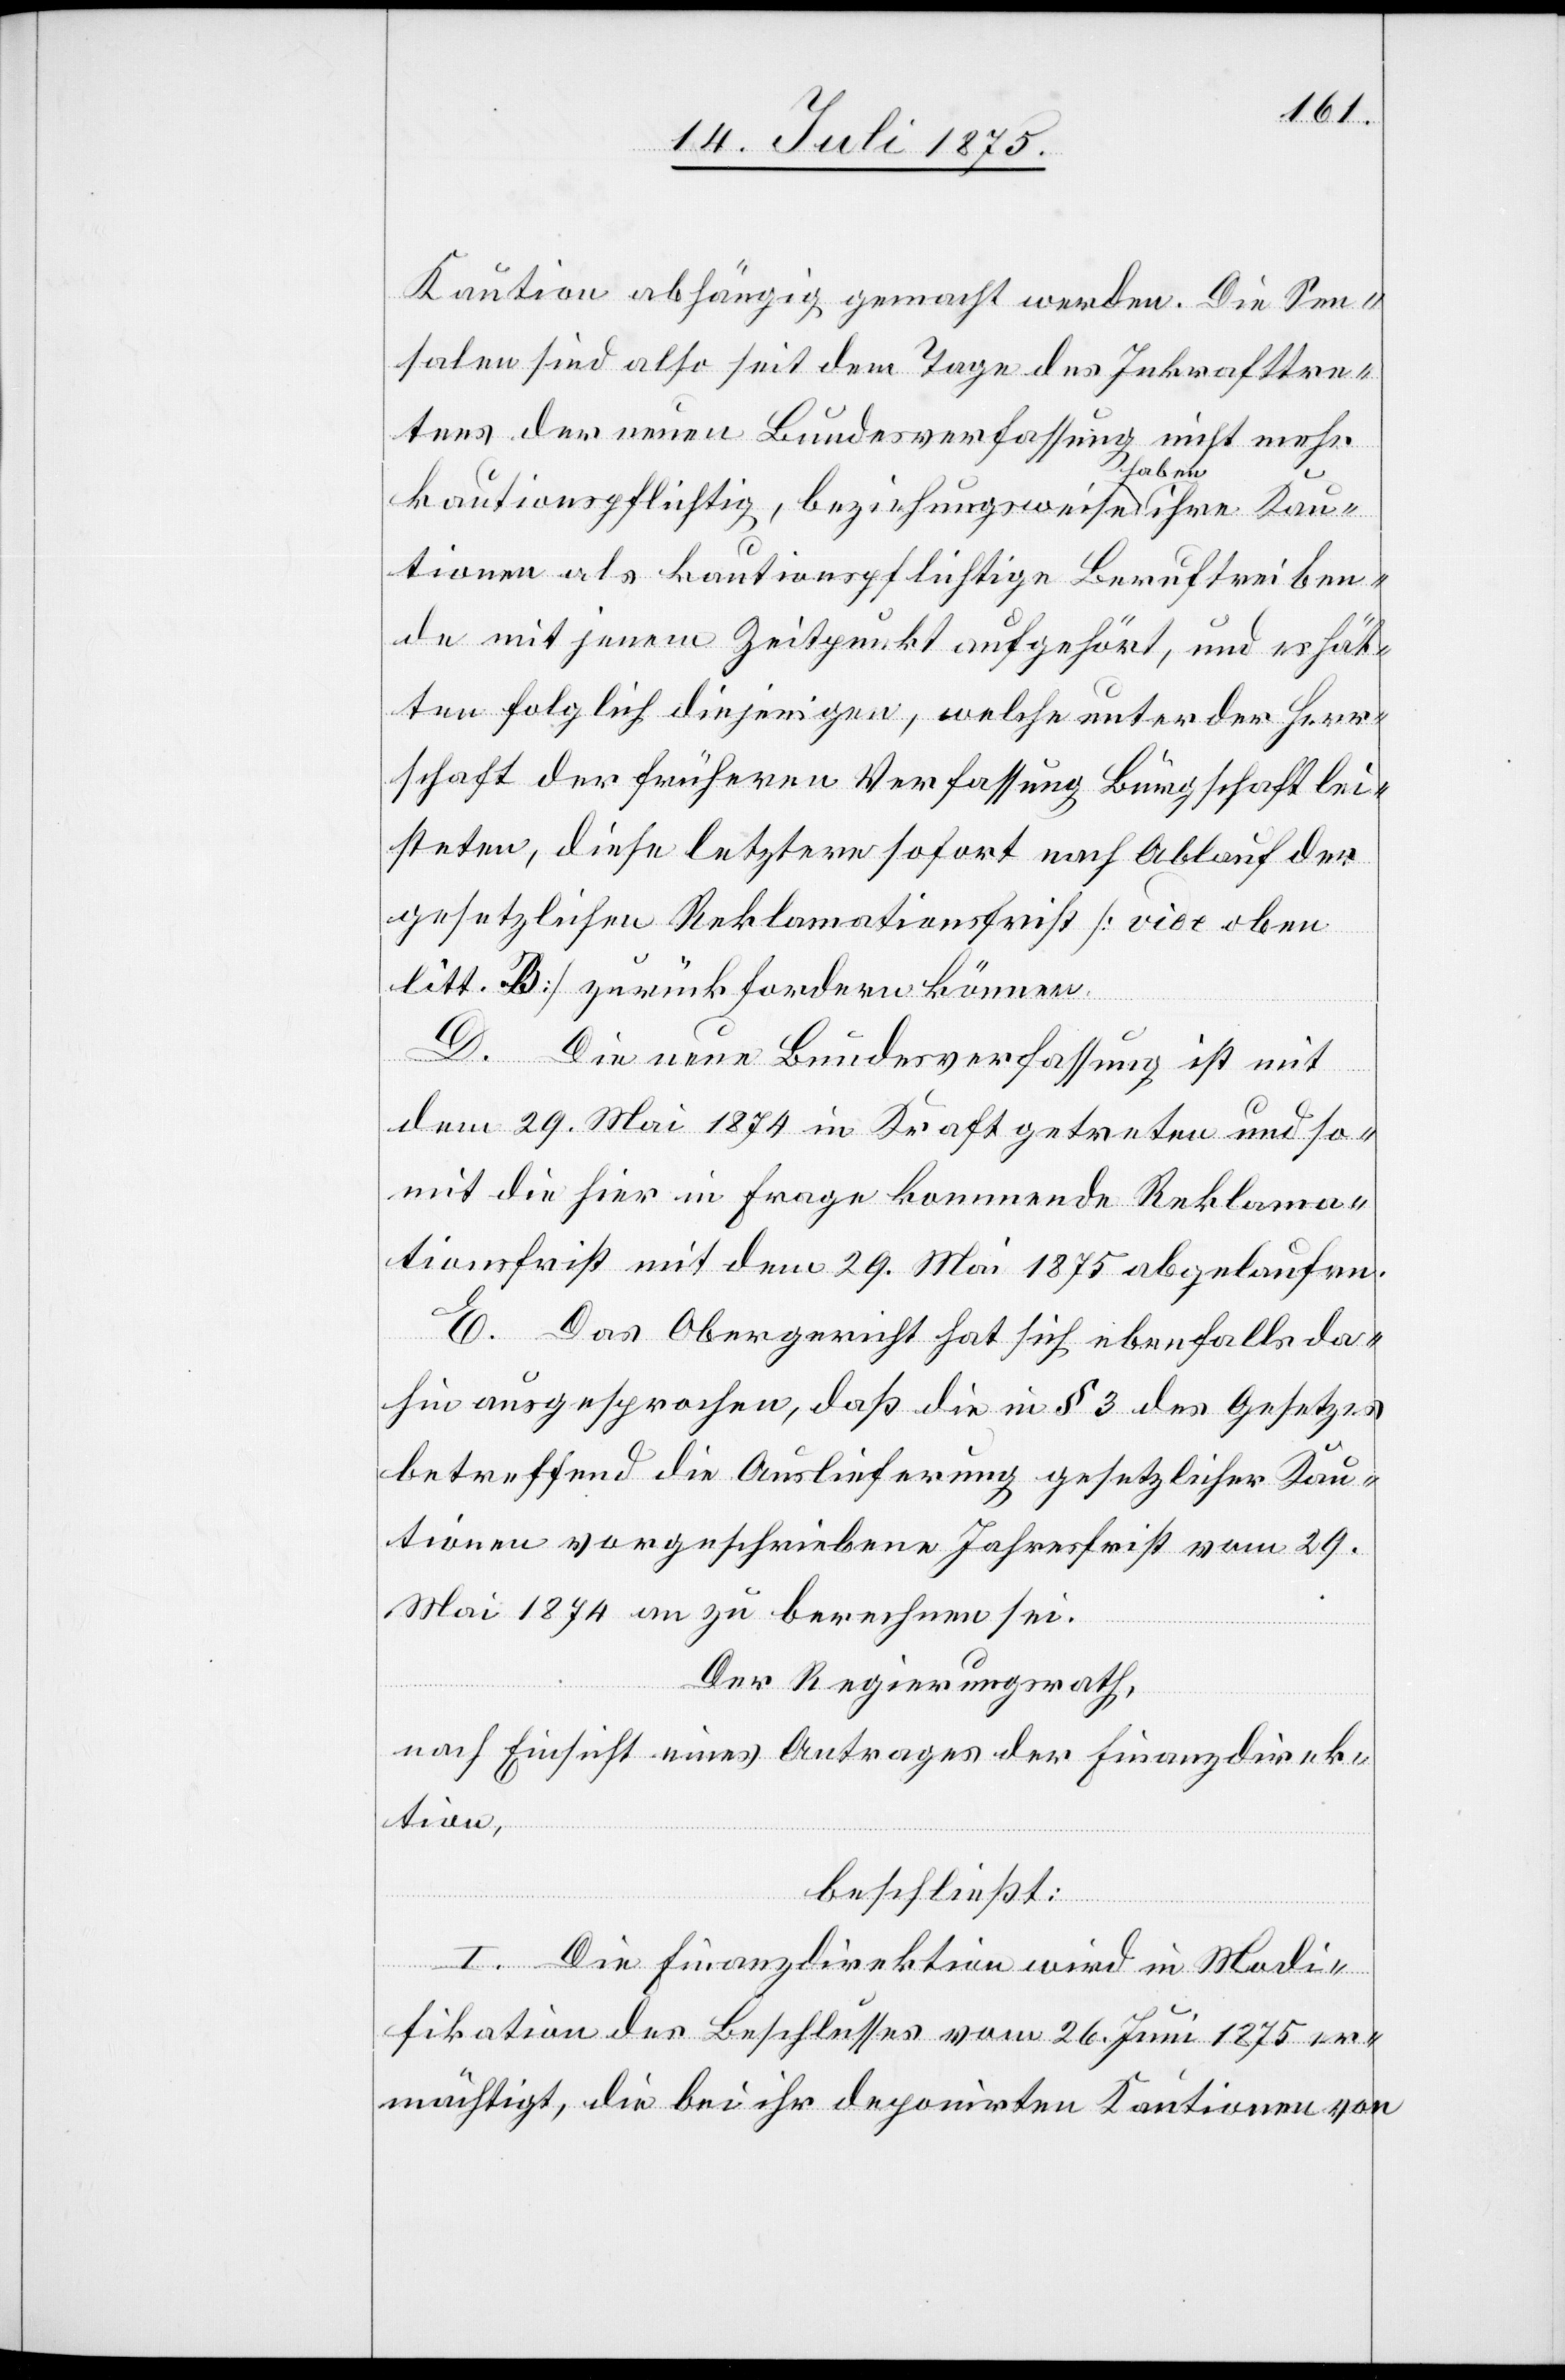
Kaution abhängig gemacht werden. Die Sen¬
salen sind also seit dem Tage des Inkrafttre¬
tens der neuen Bundesverfassung ni¬
cht mehr
kautionspflichtig, beziehungsweise haben ihre Kau¬
tionen als kautionspflichtige Beruftreiben¬
de mit jenem Zeitpunkt aufgehört, und es hät¬
ten folglich diejenigen, welche unter der Herr¬
schaft der früheren Verfassung Bürgschaft lei¬
steten, diese letztere sofort nach Ablauf der
gesetzlichen Reklamationsfrist [vide oben
litt. B] zurückfordern können.
D. Die neue Bundesverfassung ist mit
dem 29. Mai 1874 in Kraft getreten und so¬
mit die hier in Frage kommende Reklama¬
tionsfrist mit dem 29. Mai 1875 abgelaufen.
E. Das Obergericht hat sich ebenfalls da¬
hin ausgesprochen, daß die in § 3 des Gesetzes
betreffend die Auslieferung gesetzlicher Kau¬
tionen vorgeschriebene Jahresfrist vom 29.
Mai 1874 an zu berechnen sei.
Der Regierungsrath,
nach Einsicht eines Antrages der Finanzdirek¬
tion,
beschließt:
I. Die Finanzdirektion wird in Modi¬
fikation des Beschlusses vom 26. Juni 1875 er¬
mächtigt, die bei ihr deponirten Kautionen von